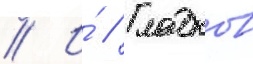
// И́ // Гладков